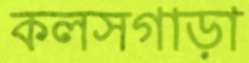
কলসগাড়া